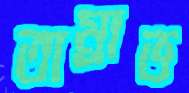
তাম্রাভ